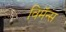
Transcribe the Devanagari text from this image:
विमॅन्स